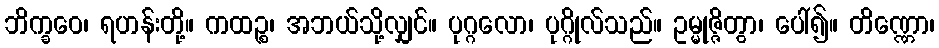
ဘိက္ခဝေ၊ ရဟန်းတို့။ ကထဉ္စ၊ အဘယ်သို့လျှင်။ ပုဂ္ဂလော၊ ပုဂ္ဂိုလ်သည်။ ဥမ္မုဇ္ဇိတွာ၊ ပေါ်၍။ တိဏ္ဏော၊